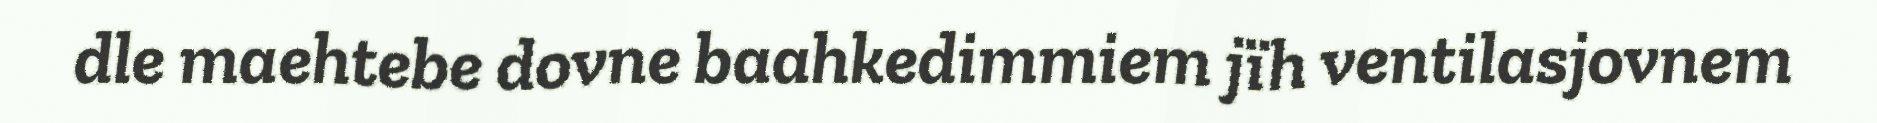
dle maehtebe dovne baahkedimmiem jïh ventilasjovnem